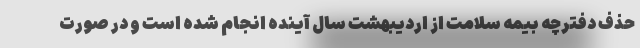
حذف دفترچه بیمه سلامت از اردیبهشت سال آینده انجام شده است و در صورت